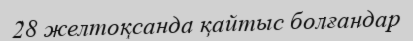
28 желтоқсанда қайтыс болғандар